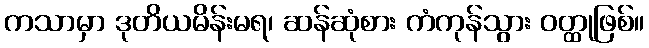
ကသာမှာ ဒုတိယမိန်းမရ၊ ဆန်ဆုံစား ကံကုန်သွား ဝတ္ထုဖြစ်။